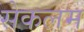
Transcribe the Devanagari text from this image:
सेकलम